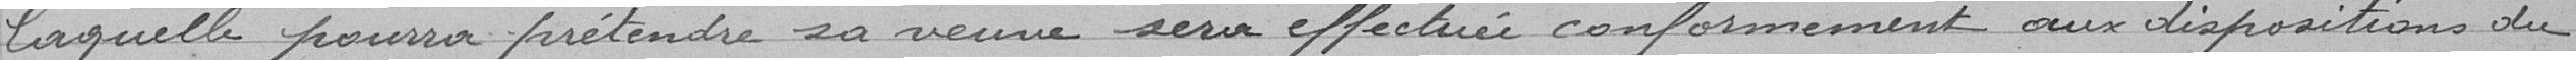
laquelle pourra prétendre sa veuve sera effectuée conformément aux dispositions du